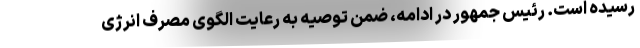
رسیده است. رئیس جمهور در ادامه، ضمن توصیه به رعایت الگوی مصرف انرژی